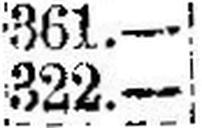
322.—